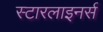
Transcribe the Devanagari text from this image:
स्टारलाइनर्स